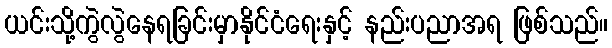
ယင်းသို့ကွဲလွဲနေရခြင်းမှာနိုင်ငံရေးနှင့် နည်းပညာအရ ဖြစ်သည်။